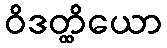
ဝိဒတ္ထိယော